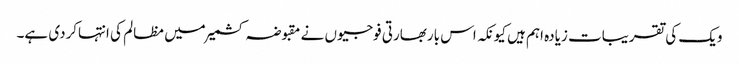
ویک کی تقریبات زیادہ اہم ہیں کیونکہ اس باربھارتی فوجیوں نے مقبوضہ کشمیرمیں مظالم کی انتہاکردی ہے۔